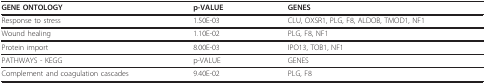
<table><thead><tr><td><b>GENE ONTOLOGY</b></td><td><b>p-VALUE</b></td><td><b>GENES</b></td></tr></thead><tbody><tr><td>Response to stress</td><td>1.50E-03</td><td>CLU, OXSR1, PLG, F8, ALDOB, TMOD1, NF1</td></tr><tr><td>Wound healing</td><td>1.10E-02</td><td>PLG, F8, NF1</td></tr><tr><td>Protein import</td><td>8.00E-03</td><td>IPO13, TOB1, NF1</td></tr><tr><td>PATHWAYS - KEGG</td><td>p-VALUE</td><td>GENES</td></tr><tr><td>Complement and coagulation cascades</td><td>9.40E-02</td><td>PLG, F8</td></tr></tbody></table>